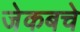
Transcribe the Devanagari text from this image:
जेकबचे